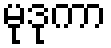
မုဒုကာ